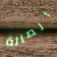
الصالة